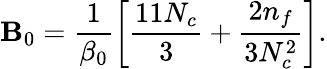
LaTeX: \mathbf{B}_{0}=\frac{{1}}{{\beta_{0}}}\left[\frac{{11N_{c}}}{{3}}+\frac{{2n_{f}}}{{3N_{c}^{2}}}\right].